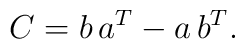
C=b\, a\sp{T}- a\, b\sp{T}.